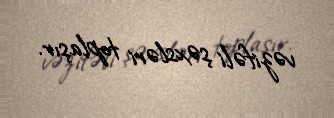
vəzifəli şəxsləri toplaşır.